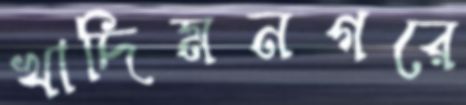
খাদিমনগরে